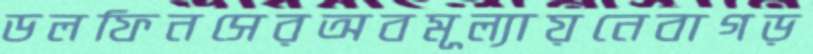
ডলফিনসেরঅবমূল্যায়নেবাগড়